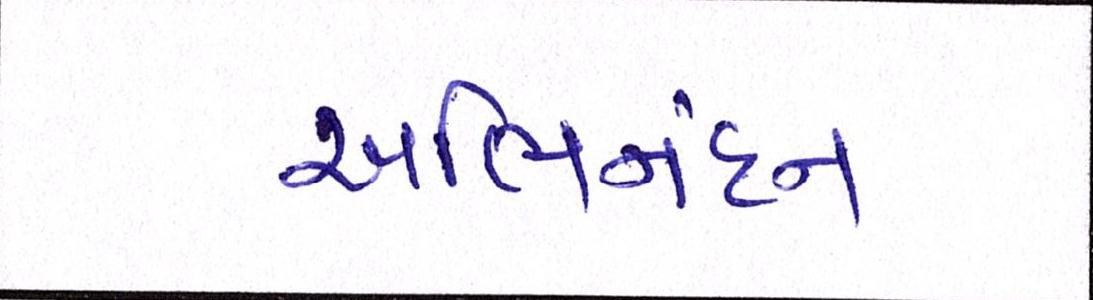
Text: અભિનંદન